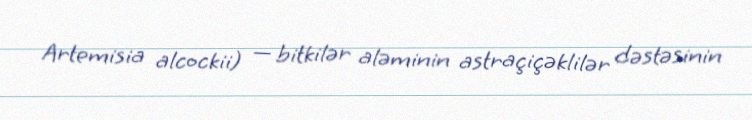
Artemisia alcockii) — bitkilər aləminin astraçiçəklilər dəstəsinin